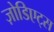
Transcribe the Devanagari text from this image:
ज़ोडिएट्स